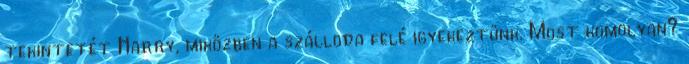
tekintetét Harry, miközben a szálloda felé igyekeztünk. Most komolyan?